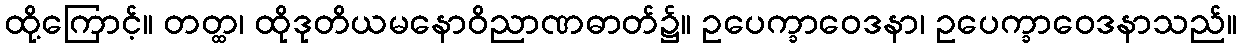
ထို့ကြောင့်။ တတ္ထ၊ ထိုဒုတိယမနောဝိညာဏဓာတ်၌။ ဥပေက္ခာဝေဒနာ၊ ဥပေက္ခာဝေဒနာသည်။